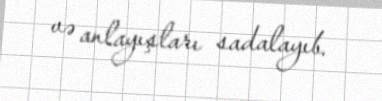
və anlayışları sadalayıb.